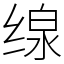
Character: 缐